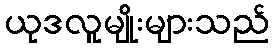
ယုဒလူမျိုးများသည်